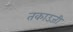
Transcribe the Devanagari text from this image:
तकाउजी